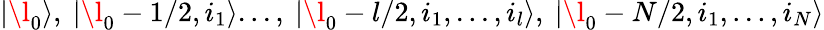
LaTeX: |\l_{0}\rangle,\ |\l_{0}-1/2,i_{1}\rangle...,\ |\l_{0}-l/2,i_{1},...,i_{l}\rangle,\ |\l_{0}-N/2,i_{1},...,i_{N}\rangle